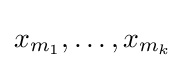
x_{m_{1}},\ldots ,x_{m_{k}}